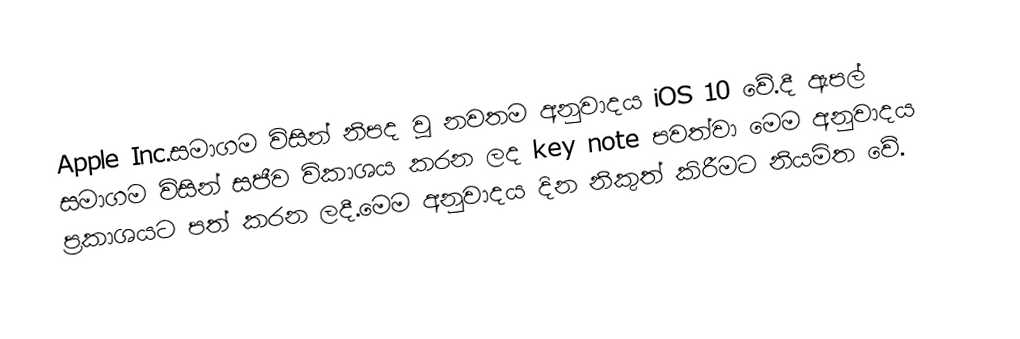
Apple Inc.සමාගම විසින් නිපද වූ නවතම අනුවාදය iOS 10 වේ.දී ඇපල් සමාගම විසින් සජීව විකාශය කරන ලද key note පවත්වා මෙම අනුවාදය ප්‍රකාශයට පත් කරන ලදී.මෙම අනුවාදය  දින නිකුත් කිරීමට නියමිත වේ.